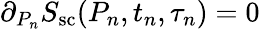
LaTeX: \partial_{P_{n}}S_{\mathrm{sc}}(P_{n},t_{n},\tau_{n})=0